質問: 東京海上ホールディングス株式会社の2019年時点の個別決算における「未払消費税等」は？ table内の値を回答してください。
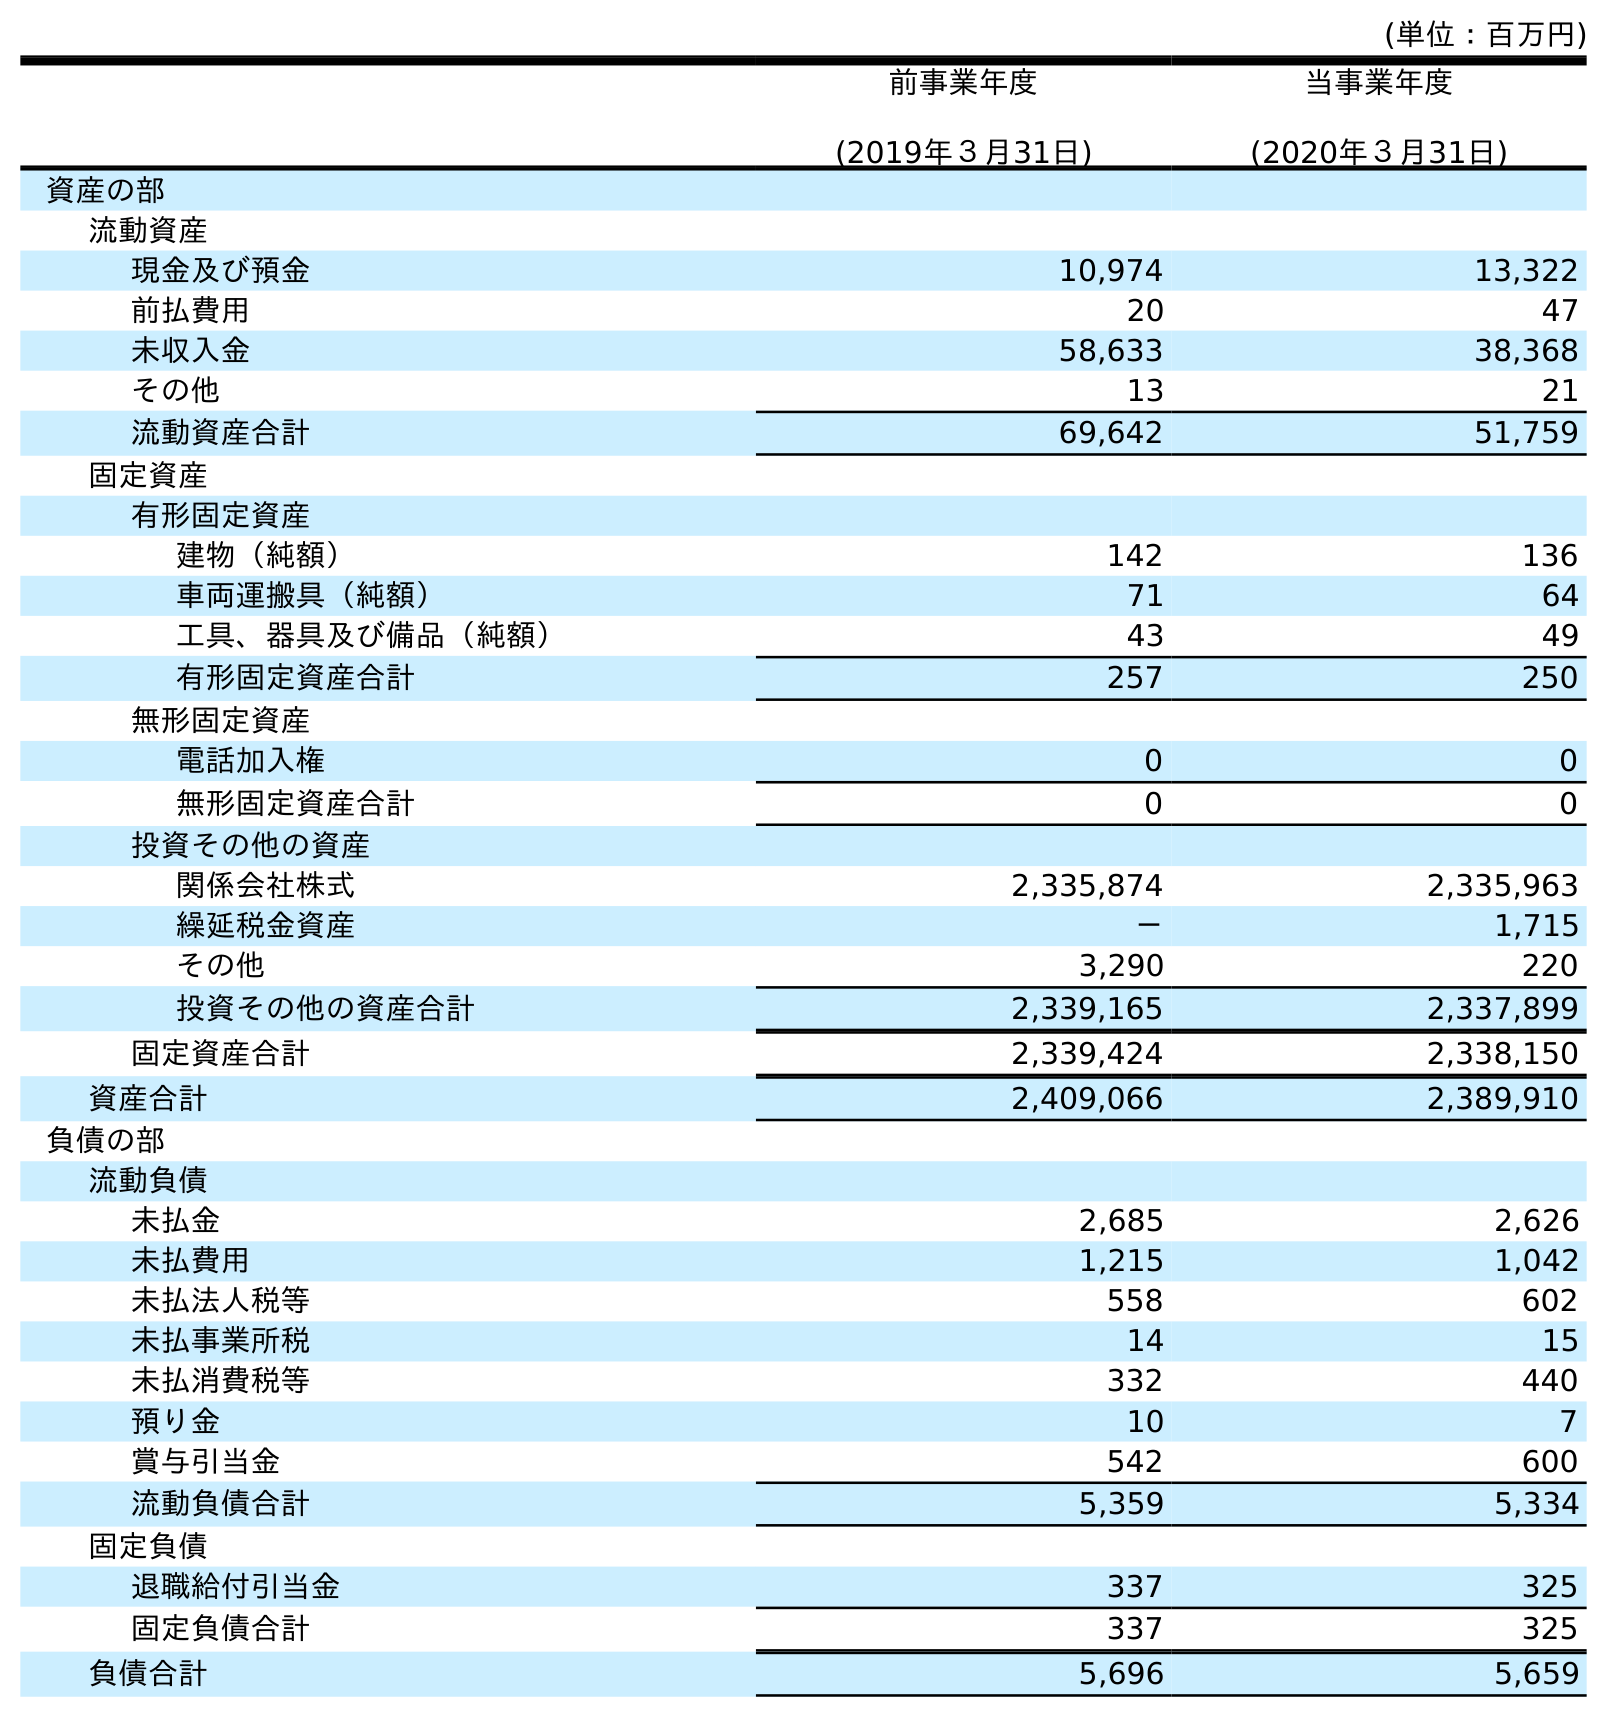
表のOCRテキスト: (単位：百万円) 前事業年度 (2019年３月31日) 当事業年度 (2020年３月31日) 資産の部 流動資産 現金及び預金 10,974 13,322 前払費用 20 47 未収入金 58,633 38,368 その他 13 21 流動資産合計 69,642 51,759 固定資産 有形固定資産 建物（純額） 142 136 車両運搬具（純額） 71 64 工具、器具及び備品（純額） 43 49 有形固定資産合計 257 250 無形固定資産 電話加入権 0 0 無形固定資産合計 0 0 投資その他の資産 関係会社株式 2,335,874 2,335,963 繰延税金資産 － 1,715 その他 3,290 220 投資その他の資産合計 2,339,165 2,337,899 固定資産合計 2,339,424 2,338,150 資産合計 2,409,066 2,389,910 負債の部 流動負債 未払金 2,685 2,626 未払費用 1,215 1,042 未払法人税等 558 602 未払事業所税 14 15 未払消費税等 332 440 預り金 10 7 賞与引当金 542 600 流動負債合計 5,359 5,334 固定負債 退職給付引当金 337 325 固定負債合計 337 325 負債合計 5,696 5,659
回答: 332